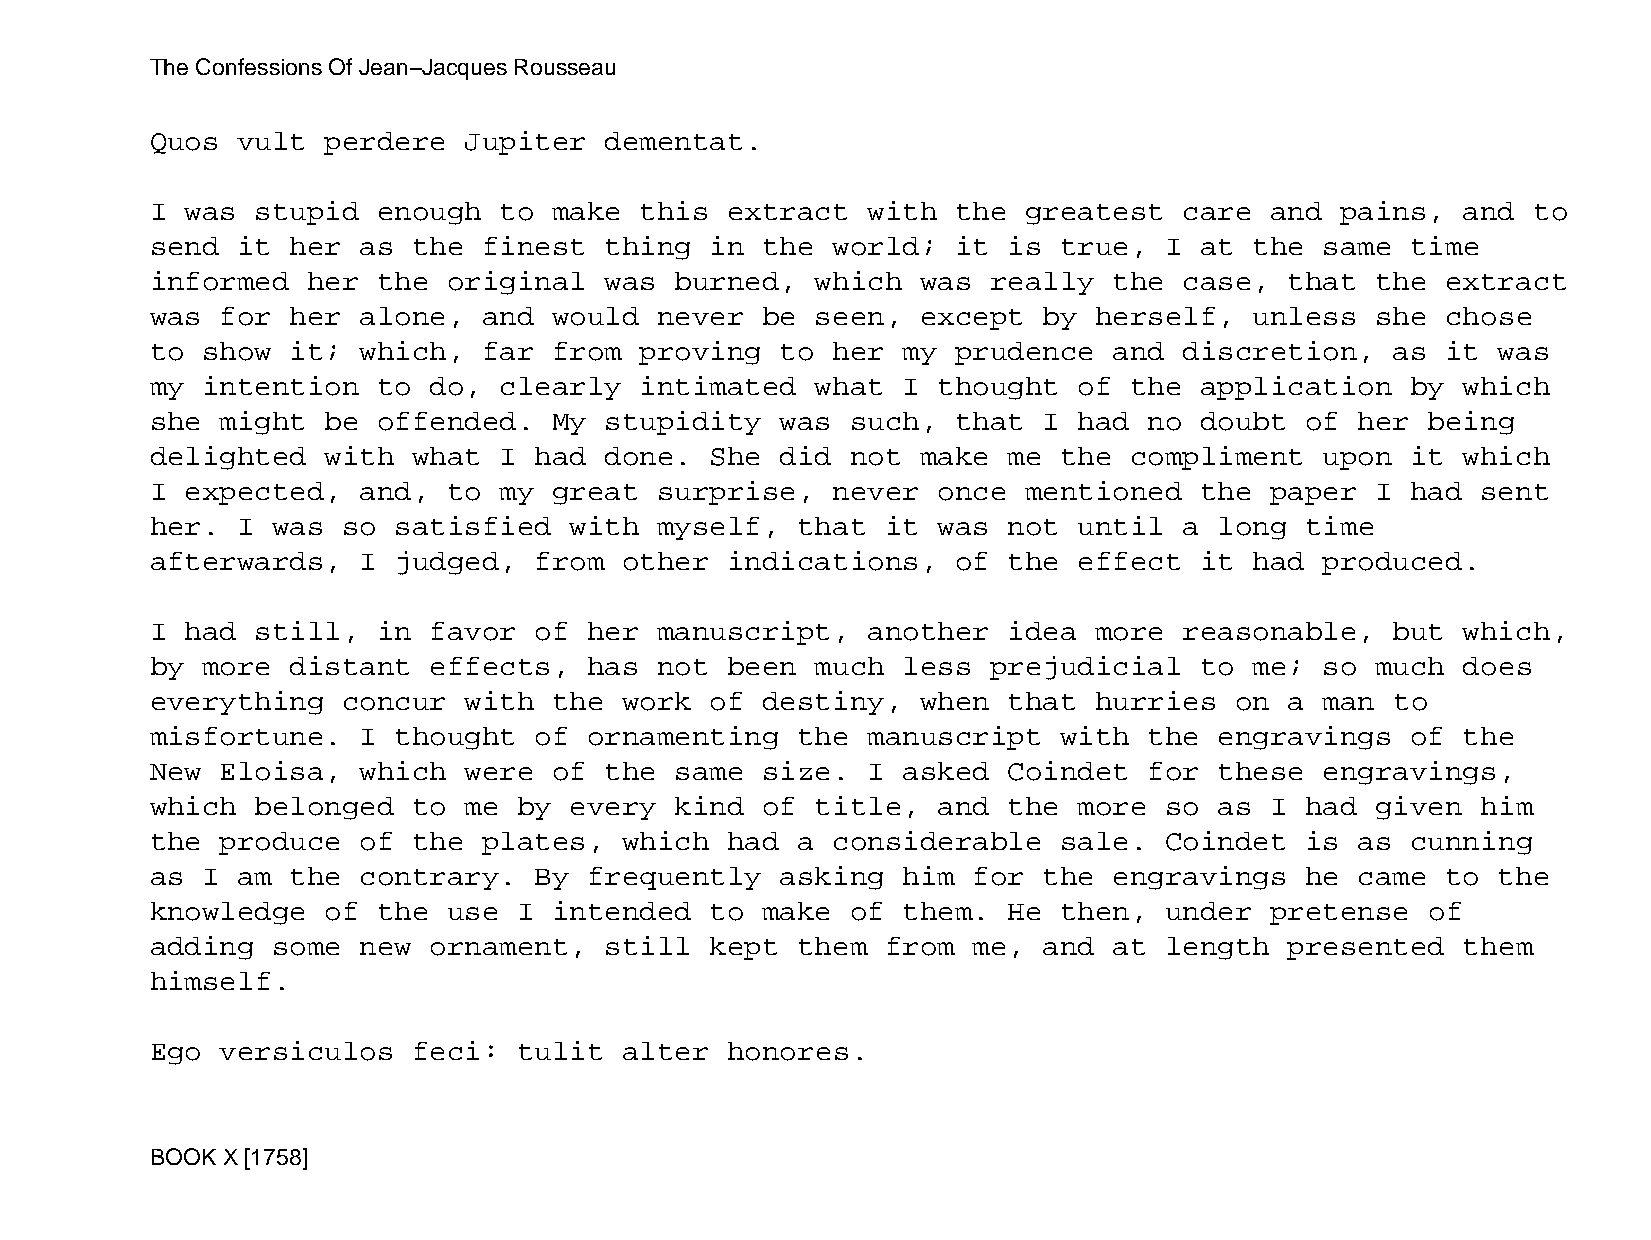
The Confessions Of Jean−Jacques Rousseau
 Quos  vult  perdere  Jupiter  dementat.
 I was  stupid  enough  to  make this  extract  with  the  greatest  care  and  pains,  and to
 send  it her  as the  finest  thing  in the  world;  it  is true,  I at  the  same time
 informed  her  the  original  was  burned,  which  was  really  the case,  that  the  extract
 was  for her  alone,  and  would  never be  seen,  except  by herself,   unless  she  chose
 to show  it;  which,  far  from proving   to her  my prudence   and discretion,   as  it was
 my intention   to do,  clearly  intimated   what  I thought  of  the application   by  which
 she  might  be offended.   My stupidity   was such,  that  I had  no doubt  of  her  being
 delighted   with what  I had  done.  She  did not  make  me the  compliment   upon it  which
 I expected,   and,  to my  great  surprise,  never  once  mentioned  the  paper  I had  sent
 her.  I was  so satisfied   with  myself,  that  it was  not until  a  long time
 afterwards,   I judged,  from  other  indications,   of  the effect  it  had  produced.
 I had  still,  in favor  of  her  manuscript,  another   idea more  reasonable,   but  which,
 by more  distant  effects,   has  not been  much  less  prejudicial  to  me;  so much  does
 everything   concur  with  the work  of destiny,   when  that hurries   on a  man to
 misfortune.   I thought  of  ornamenting   the manuscript   with  the  engravings  of  the
 New  Eloisa,  which  were  of the  same size.  I  asked  Coindet  for  these  engravings,
 which  belonged  to  me by  every  kind of  title,  and  the more  so  as I had  given  him
 the  produce  of the  plates,  which  had  a considerable   sale.  Coindet  is  as cunning
 as I  am the  contrary.  By  frequently   asking  him for  the  engravings  he  came  to the
 knowledge   of the  use I  intended  to make  of  them.  He then,  under  pretense   of
 adding  some  new ornament,   still  kept  them  from me,  and  at length  presented   them
 himself.
 Ego  versiculos  feci:  tulit  alter  honores.
 BOOK X [1758]